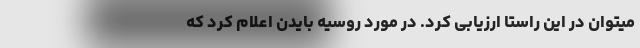
میتوان در این راستا ارزیابی کرد. در مورد روسیه بایدن اعلام کرد که